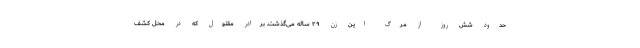
حدود شش روز از مرگ این زن ۲۹ ساله می‌گذشت. برادر مقتول که در محل کشف